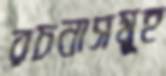
রচনাসমূহ